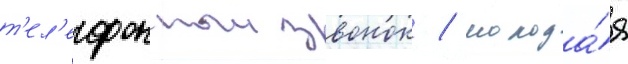
т'ел'ефонныи звонок / молода́я